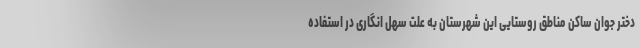
دختر جوان ساکن مناطق روستایی این شهرستان به علت سهل انگاری در استفاده